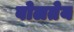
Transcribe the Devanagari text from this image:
बोलतेय